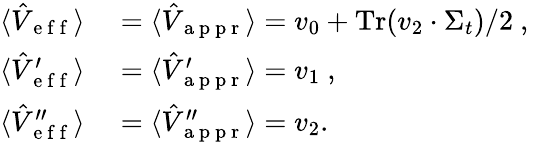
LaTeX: \begin{array}{rl}{\langle\hat{V}_{\mathrm{~e~f~f~}}\rangle}&{{}=\langle\hat{V}_{\mathrm{~a~p~p~r~}}\rangle=v_{0}+\operatorname{Tr}(v_{2}\cdot\Sigma_{t})/2\mathrm{~,~\ }}\\ {\langle\hat{V}_{\mathrm{~e~f~f~}}^{\prime}\rangle}&{{}=\langle\hat{V}_{\mathrm{~a~p~p~r~}}^{\prime}\rangle=v_{1}\mathrm{~,~\ }}\\ {\langle\hat{V}_{\mathrm{~e~f~f~}}^{\prime\prime}\rangle}&{{}=\langle\hat{V}_{\mathrm{~a~p~p~r~}}^{\prime\prime}\rangle=v_{2}.}\end{array}